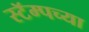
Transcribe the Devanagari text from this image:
स्टॅम्पच्या